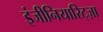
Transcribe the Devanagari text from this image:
इंजीनियारिट्ज़ा